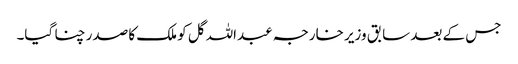
جس کے بعد سابق وزیر خارجہ عبداللہ گل کو ملک کا صدر چنا گیا۔